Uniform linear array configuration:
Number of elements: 32
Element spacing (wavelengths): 0.75
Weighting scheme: kaiser
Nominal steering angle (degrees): -30
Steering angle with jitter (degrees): -30.21
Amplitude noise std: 0.05
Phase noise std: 0.05

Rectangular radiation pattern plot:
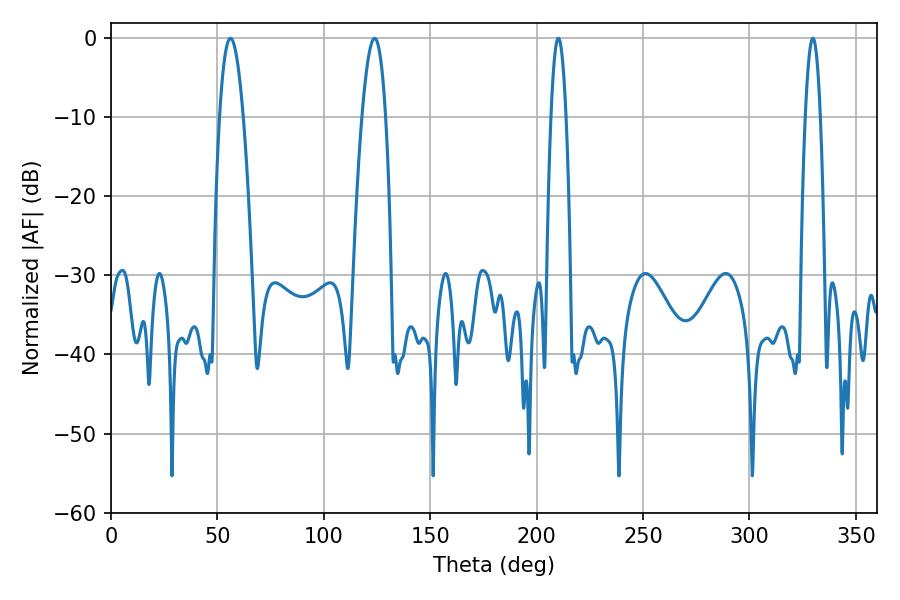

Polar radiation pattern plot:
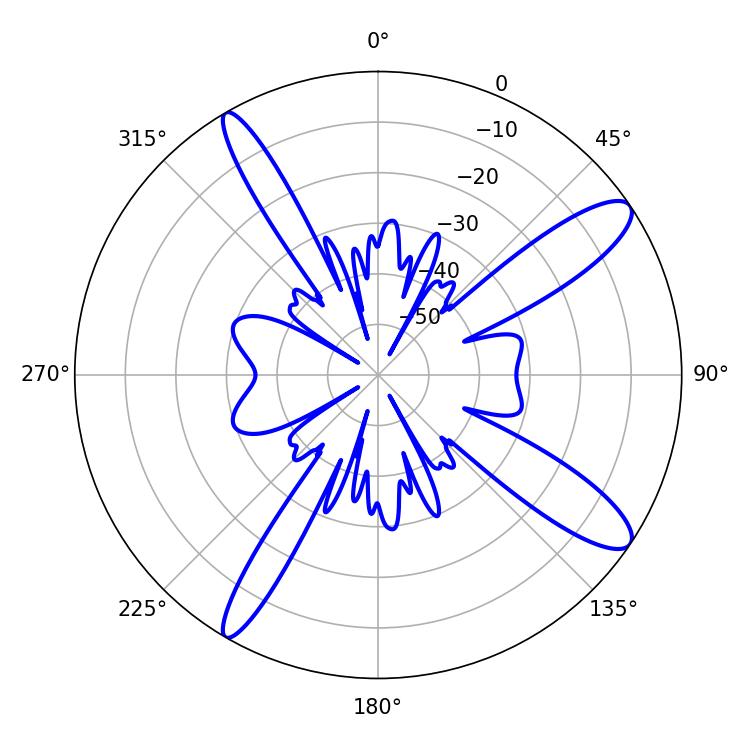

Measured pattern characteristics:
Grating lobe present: TRUE
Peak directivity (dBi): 12.314
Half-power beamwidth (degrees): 6.12
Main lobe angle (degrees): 56.16